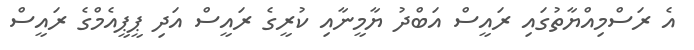
އެ ރަސްމިއްޔާތުގައި ރައީސް އަބްދު ޔާމީނާއި ކުރީގެ ރައީސް އަދި ޕީޕީއެމްގެ ރައީސް